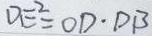
D E ^ { 2 } = O D \cdot D B